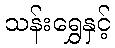
သန်းရွှေနှင့်